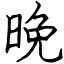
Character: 晚